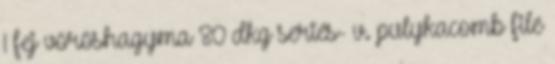
1 fej vöröshagyma 80 dkg sertés- v. pulykacomb filé